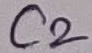
Text: C2